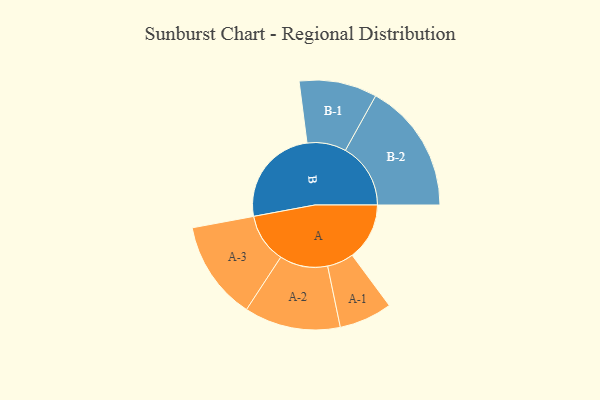
{"axis": {"x": "Segment", "y": "Value"}, "legend": ["", "A", "B"], "data": [{"x": "A", "y": 244, "type": ""}, {"x": "B", "y": 425, "type": ""}, {"x": "A-1", "y": 113, "type": "A"}, {"x": "A-2", "y": 205, "type": "A"}, {"x": "A-3", "y": 211, "type": "A"}, {"x": "B-1", "y": 166, "type": "B"}, {"x": "B-2", "y": 278, "type": "B"}]}